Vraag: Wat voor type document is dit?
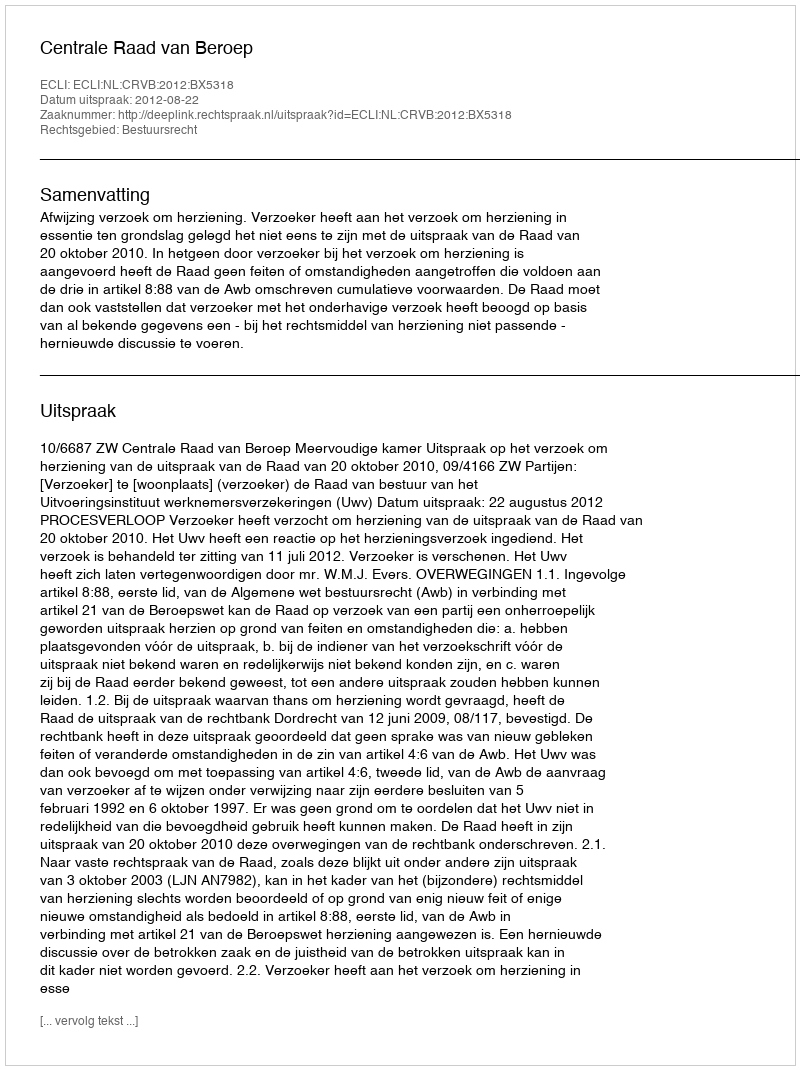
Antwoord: Uitspraak